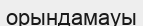
орындамауы